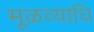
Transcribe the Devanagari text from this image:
मूळव्याधि